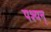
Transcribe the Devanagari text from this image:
पश्यन्‌